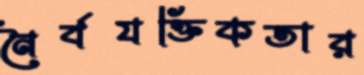
নৈর্বযক্তিকতার